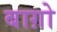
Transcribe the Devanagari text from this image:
बाग़ो